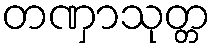
တဏှာသုတ္တ